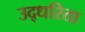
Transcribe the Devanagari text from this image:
उद्धरिता